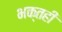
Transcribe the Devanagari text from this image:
भक्तही